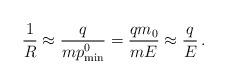
LaTeX: \begin{align*}\frac1{R} \approx \frac{q}{mp^0_{\min}} = \frac{qm_0}{mE} \approx \frac{q}{E}\,.\end{align*}